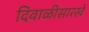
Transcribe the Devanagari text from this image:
दिवाळीसारखे